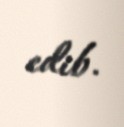
edib.